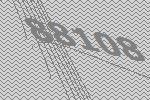
88108